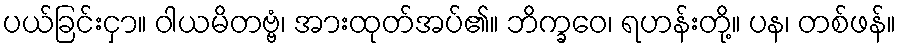
ပယ်ခြင်းငှာ။ ဝါယမိတဗ္ဗံ၊ အားထုတ်အပ်၏။ ဘိက္ခဝေ၊ ရဟန်းတို့။ ပန၊ တစ်ဖန်။